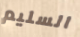
السليم